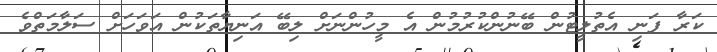
ކަރާ ފަނި އެތުލީޓުން ބޭނުންކުރުމުން އެ މީހުންނަށް ލިބޭ އަނިޔާތަކުން އަވަހަށް ސަލާމަތްވެ